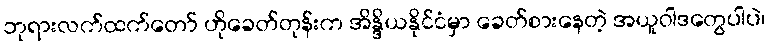
ဘုရားလက်ထက်တော် ဟိုခေတ်တုန်းက အိန္ဒိယနိုင်ငံမှာ ခေတ်စားနေတဲ့ အယူဝါဒတွေပါပဲ၊